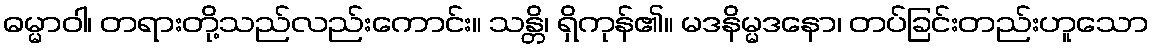
ဓမ္မာဝါ၊ တရားတို့သည်လည်းကောင်း။ သန္တိ၊ ရှိကုန်၏။ မဒနိမ္မဒနော၊ တပ်ခြင်းတည်းဟူသော